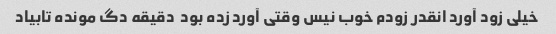
خیلی زود آورد انقدر زودم خوب نیس وقتی آورد زده بود  دقیقه دگ مونده تابیاد